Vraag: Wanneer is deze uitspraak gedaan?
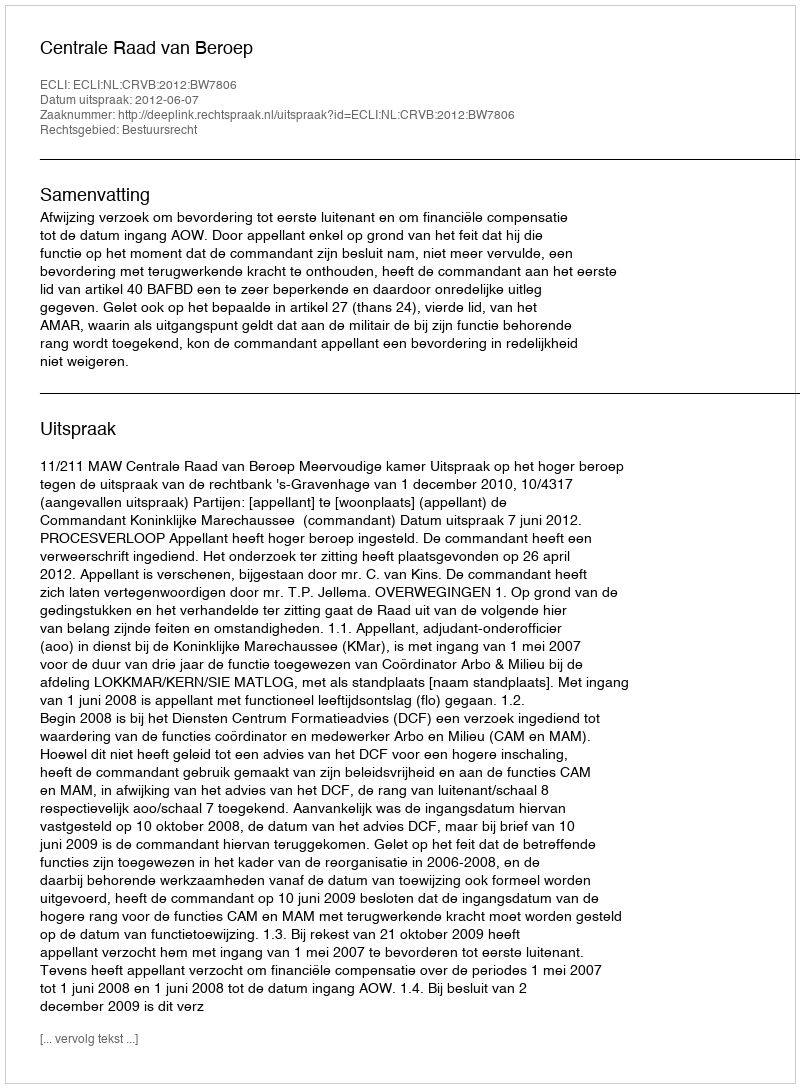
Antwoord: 2012-06-07